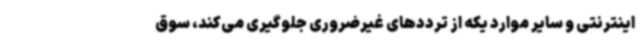
اینترنتی و سایر موارد یکه از ترددهای غیرضروری جلوگیری می‌کند، سوق